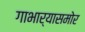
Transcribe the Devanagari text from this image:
गाभार्‍यासमोर